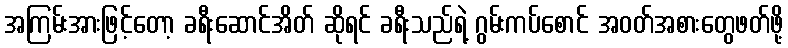
အကြမ်းအားဖြင့်တော့ ခရီးဆောင်အိတ် ဆိုရင် ခရီးသည်ရဲ့ ဂွမ်းကပ်စောင် အဝတ်အစားတွေဖတ်ဖို့